Annual report of the Imperial Bacteriologist
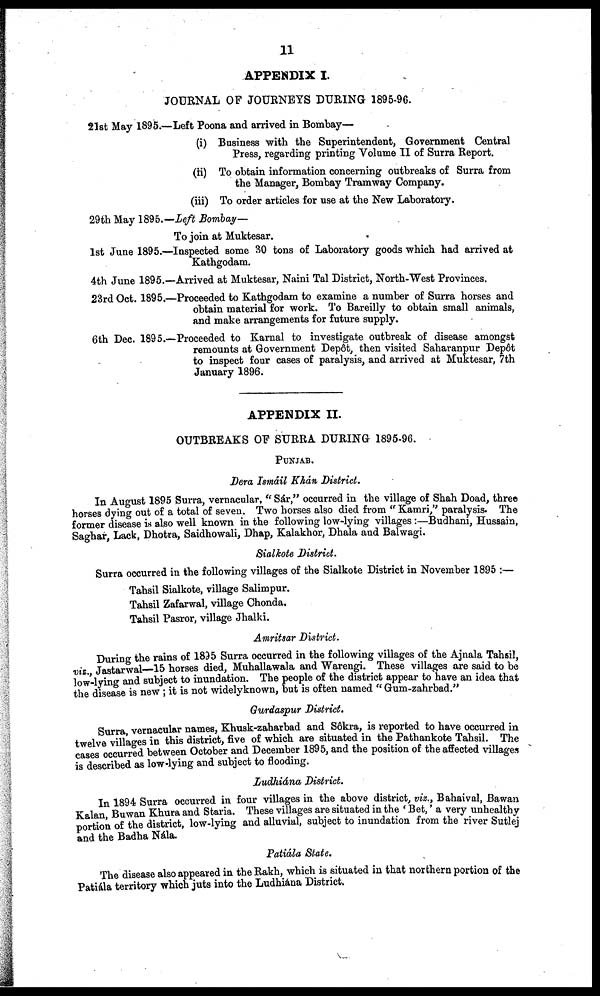
11
APPENDIX I.
JOURNAL OF JOURNEYS DURING 1895-96.
21st May 1895.—Left Poona and arrived in Bombay—
(i) Business with the Superintendent, Government Central
Press, regarding printing Volume II of Surra Report.
(ii) To obtain information concerning outbreaks of Surra from
the Manager, Bombay Tramway Company.
(iii) To order articles for use at the New Laboratory.
29th May 1895.— Left Bombay—
To join at Muktesar.
1st June 1895.—Inspected some 30 tons of Laboratory goods which had arrived at
Kathgodam.
4th June 1895.—Arrived at Muktesar, Naini Tal District, North-West Provinces.
23rd Oct. 1895.—Proceeded to Kathgodam to examine a number of Surra horses and
obtain material for work. To Bareilly to obtain small animals,
and make arrangements for future supply.
6th Dec. 1895.—Proceeded to Karnal to investigate outbreak of disease amongst
remounts at Government Depôt, then visited Saharanpur Depôt
to inspect four cases of paralysis, and arrived at Muktesar, 7th
January 1896.
APPENDIX II.
OUTBREAKS OF SURRA DURING 1895-96.
PUNJAB.
Dera Ismáil Khán District.
In August 1895 Surra, vernacular, " Sár," occurred in the village of Shah Doad, three
horses dying out of a total of seven. Two horses also died from "Kamri," paralysis. The
former disease is also well known in the following low-lying villages:—Budhani, Hussain,
Saghar, Lack, Dhotra, Saidhowali, Dhap, Kalakhor, Dhala and Balwagi.
Sialkote District.
Surra occurred in the following villages of the Sialkote District in November 1895 :—
Tahsil Sialkote, village Salimpur.
Tahsil Zafarwal, village Chonda.
Tahsil Pasror, village Jhalki.
Amritsar District.
During the rains of 1895 Surra occurred in the following villages of the Ajnala Tahsil,
viz., Jastarwal—15 horses died, Muhallawala and Warengi. These villages are said to be
low-lying and subject to inundation. The people of the district appear to have an idea that
the disease is new ; it is not widelyknown, but is often named " Gum-zahrbad."
Gurdaspur District.
Surra, vernacular names, Khusk-zaharbad and Sôkra, is reported to have occurred in
twelve villages in this district, five of which are situated in the Pathankote Tahsil. The
cases occurred between October and December 1895, and the position of the affected villages
is described as low-lying and subject to flooding.
Ludhiána District.
In 1894 Surra occurred in four villages in the above district, viz., Bahaival, Bawan
Kalan, Buwan Khura and Staria. These villages are situated in the ' Bet,' a very unhealthy
portion of the district, low-lying and alluvial, subject to inundation from the river Sutlej
and the Badha Nála.
Patiála State.
The disease also appeared in the Rakh, which is situated in that northern portion of the
Patiála territory which juts into the Ludhiána District.